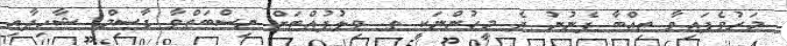
މަރުވެފައިވާ ތިއްބާ ފެނުނު ދެ މީހުންނަކީ ތ. ވިލުފުއްޓަށް ނިސްބަތްވާ ގާސިމް ޝާހިދާއި